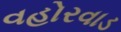
વહોરવાડ